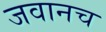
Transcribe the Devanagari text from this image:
जवानच